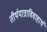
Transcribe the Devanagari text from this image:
तीर्थयात्राविवाहार्थ